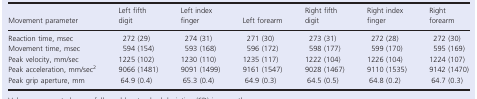
<table><thead><tr><td><b>Movement parameter</b></td><td><b>Left fifth digit</b></td><td><b>Left index finger</b></td><td><b>Left forearm</b></td><td><b>Right fifth digit</b></td><td><b>Right index finger</b></td><td><b>Right forearm</b></td></tr></thead><tbody><tr><td>Reaction time, msec</td><td>272 (29)</td><td>274 (31)</td><td>271 (30)</td><td>273 (31)</td><td>272 (28)</td><td>272 (30)</td></tr><tr><td>Movement time, msec</td><td>594 (154)</td><td>593 (168)</td><td>596 (172)</td><td>598 (177)</td><td>599 (170)</td><td>595 (169)</td></tr><tr><td>Peak velocity, mm/sec</td><td>1225 (102)</td><td>1230 (110)</td><td>1235 (117)</td><td>1222 (104)</td><td>1226 (104)</td><td>1224 (107)</td></tr><tr><td>Peak acceleration, mm/sec<sup>2</sup></td><td>9066 (1481)</td><td>9091 (1499)</td><td>9161 (1547)</td><td>9028 (1467)</td><td>9110 (1535)</td><td>9142 (1470)</td></tr><tr><td>Peak grip aperture, mm</td><td>64.9 (0.4)</td><td>65.3 (0.4)</td><td>64.9 (0.3)</td><td>64.5 (0.5)</td><td>64.8 (0.2)</td><td>64.7 (0.3)</td></tr></tbody></table>